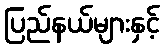
ပြည်နယ်များနှင့်